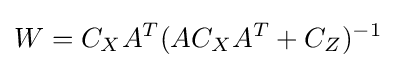
W=C_{X}A^{T}(AC_{X}A^{T}+C_{Z})^{-1}